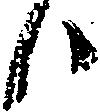
候